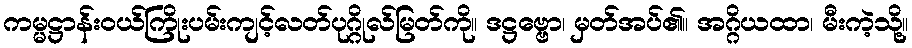
ကမ္မဋ္ဌာန်းဝယ်ကြိုးပမ်းကျင့်လတ်ပုဂ္ဂိုလ်မြတ်ကို။ ဒဋ္ဌဗ္ဗော၊ မှတ်အပ်၏။ အဂ္ဂိယထာ၊ မီးကဲ့သို့။